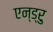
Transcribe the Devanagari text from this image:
एन्ड्रु